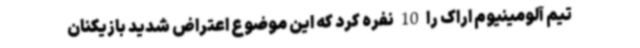
تیم آلومینیوم اراک را 10 نفره کرد که این موضوع اعتراض شدید بازیکنان